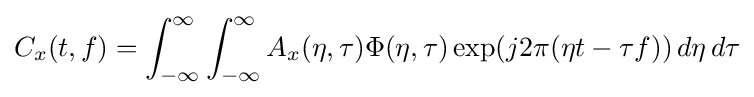
C_{x}(t,f)=\int _{-\infty }^{\infty }\int _{-\infty }^{\infty }A_{x}(\eta ,\tau )\Phi (\eta ,\tau )\exp(j2\pi (\eta t-\tau f))\,d\eta \,d\tau